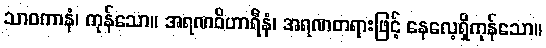
သာဝကာနံ၊ ကုန်သော။ အရဏဝိဟာရီနံ၊ အရဏတရားဖြင့် နေလေ့ရှိကုန်သော။